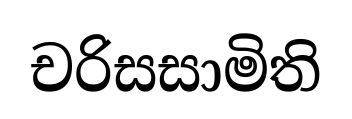
චරිසසාමිති